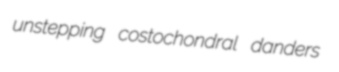
unstepping costochondral danders